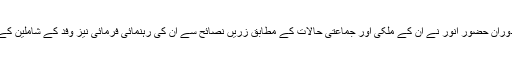
تقریبًا پچاس منٹ تک جاری رہنے والی اس ملاقات کے دوران حضورِ انور نے ان کے ملکی اور جماعتی حالات کے مطابق زرّیں نصائح سے ان کی رہنمائی فرمائی نیز وفد کے شاملین کے متعدد سوالات کے بصیرت افروز جوابات عطا فرمائے۔